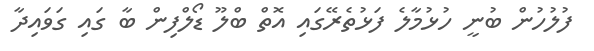
ފުލުހުން ބުނީ ހުޅުމާލެ ފަޅުތެރޭގައި އޮތް ބްލޫ ޑޯލްފިން ބާ ގައި ގަވައިދާ